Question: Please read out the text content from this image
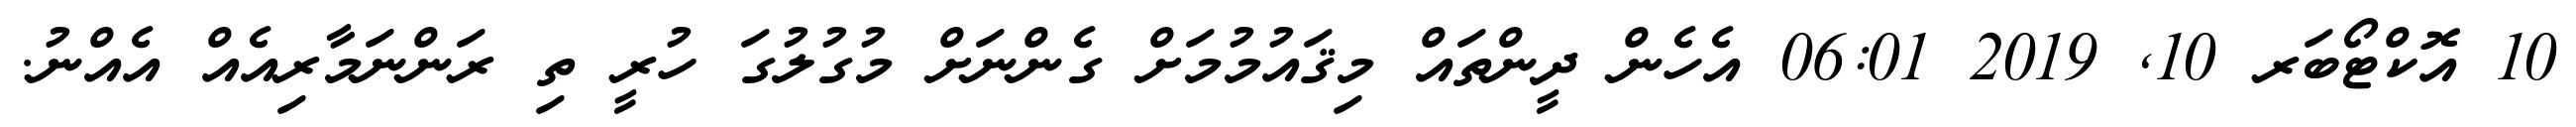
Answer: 10 އޮކްޓޯބަރ 10, 2019 06:01 އެހެން ދީންތައް މިޤައުމުމަށް ގެންނަށް މުގުލުގަ ހުރީ ތި ރަންނަމާރިއެއް އެއްނު.